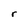
Character: r